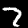
Label: 7